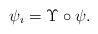
LaTeX: \begin{align*} \psi_\imath = \Upsilon \circ \psi. \end{align*}